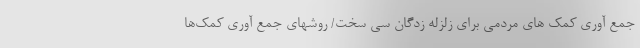
جمع آوری کمک های مردمی برای زلزله زدگان سی سخت/ روشهای جمع آوری کمک‌ها